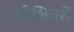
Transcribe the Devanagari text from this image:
ग्‍लेशियरों